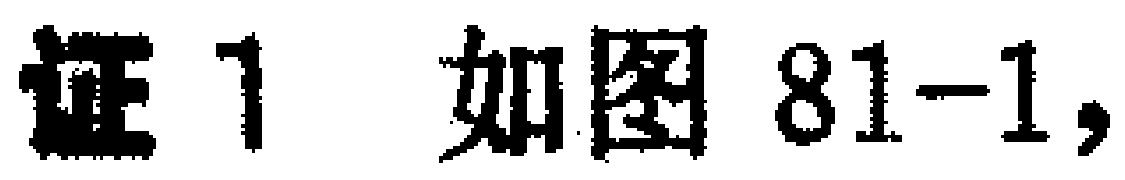
证1 如图81-1,